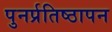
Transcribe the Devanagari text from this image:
पुनर्प्रतिष्ठापन